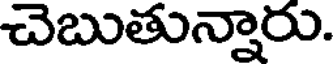
చెబుతున్నారు.